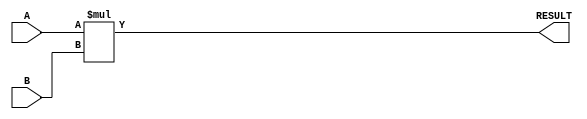
module Param_Multiplier #(
    parameter DATA_WIDTH_A = 8,      // Bit-width for operand A
    parameter DATA_WIDTH_B = 8,      // Bit-width for operand B
    parameter RESULT_WIDTH = DATA_WIDTH_A + DATA_WIDTH_B // Bit-width for the result
)(
    input  wire [DATA_WIDTH_A-1:0] A, // Input operand A
    input  wire [DATA_WIDTH_B-1:0] B, // Input operand B
    output wire [RESULT_WIDTH-1:0] RESULT // Output for the multiplication result
);

    // Combinational logic for multiplication
    assign RESULT = A * B;

endmodule